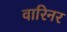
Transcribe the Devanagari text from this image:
वारिनर